Indian Civil Veterinary Department memoirs
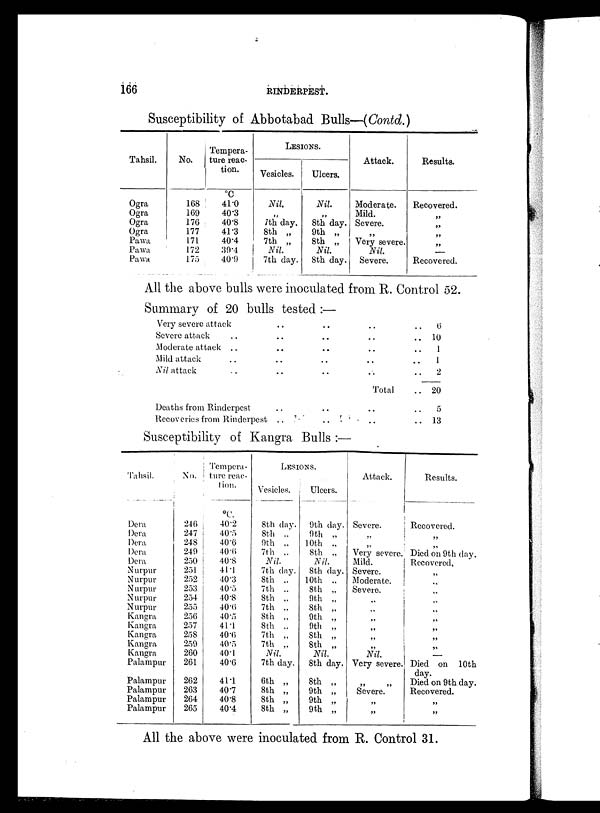
166
RINDERPEST.
Susceptibility of Abbotabad Bulls—(Contd.)
Tahsil.
Ogra
Ogra
Ogra
Ogra
Pawa
Pawa
Pawa
No.
168
169
176
177
171
172
175
Tempera-
ture reac-
tion.
ºC
41.0
40.3
40.8
41.3
40.4
39.4
40.9
LESIONS.
Vesicles.
Nil
„
7th day.
8th „
7th „
Nil.
7th day.
Ulcers.
Nil.
„
8th day.
9th „
8th „
Nil.
8th day.
Attack.
Moderate.
Mild.
Severe.
„
Very severe.
Nil.
Severe.
Results.
Recovered.
„
„
„
„
—
Recovered.
All the above bulls were inoculated from R. Control 52.
Summary of 20 bulls tested:—
Very severe attack
Severe attack ..
Moderate attack . .
Mild attack ..
Nil attack ..
Deaths from Rinderpest
Recoveries from Rinderpest
..
..
..
..
..
..
..
..
..
..
..
..
..
..
..
..
..
..
..
Total
..
..
.. 6
.. 10
.. 1
.. 1
.. 2
.. 20
.. 5
.. 13
Susceptibility of Kangra Bulls:—
Tahsil.
Dera
Dera
Dera
Dera
Dera
Nurpur
Nurpur
Nurpur
Nurpur
Nurpur
Kangra
Kangra
Kangra
Kangra
Kangra
Palampur
Palampur
Palampur
Palampur
Palampur
No.
24(5
247
248
249
250
251
252
253
254
255
256
257
258
259
260
261
262
263
264
265
Tempera-
ture reac-
tion.
ºC.
40.2
40.5
40.6
40.6
40.8
41.1
40.3
40.5
40.8
40.6
40.5
411
40.6
40.5
40.1
40.6
411
40.7
40.8
40.4
LESIONS.
Vesicles.
8th day.
8th „
9th „
7th „
Nil.
7th day.
8th „
7th „
8th „
7th „
8th „
8th „
7th „
7th „
Nil.
7th day.
6th „
8th „
8th „
8th „
Ulcers.
9th day.
9th „
10th „
8th „
Nil.
8th day.
10th „
8th „
9th „
8th „
9th „
9th „
8th „
8th „
Nil.
8th day.
8th „
9th „
9th „
9th „
Attack.
Severe.
„
„
Very severe.
Mild.
Severe.
Moderate.
Severe.
„
„
„
„
„
Nil.
Very severe.
99
99
Severe.
„
„
Results.
Recovered.
„
„
Died on 9th day.
Recovered.
„
„
„
„
„
„
„
„
—
Died on 10th
day.
Died on 9th day.
Recovered.
„
„
All the above were inoculated from R. Control 31.